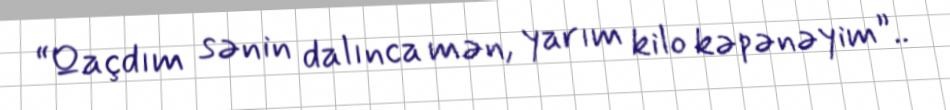
“Qaçdım sənin dalınca mən, yarım kilo kəpənəyim”..